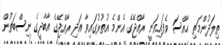
ތިލަދުންމަތި ޙާއްސަ ވެފައިވަނީ ރާއްޖޭގެ އެންމެ އުތުރުގައިވާ އަދި ރާއްޖޭގެ އާބާދީގެ ނިސްބަތުން